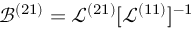
\mathcal { B } ^ { ( 2 1 ) } = \mathcal { L } ^ { ( 2 1 ) } [ \mathcal { L } ^ { ( 1 1 ) } ] ^ { - 1 }